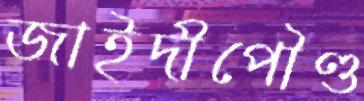
জাইদীপৌণ্ড